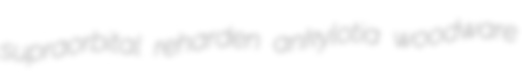
supraorbital reharden ankylotia woodware